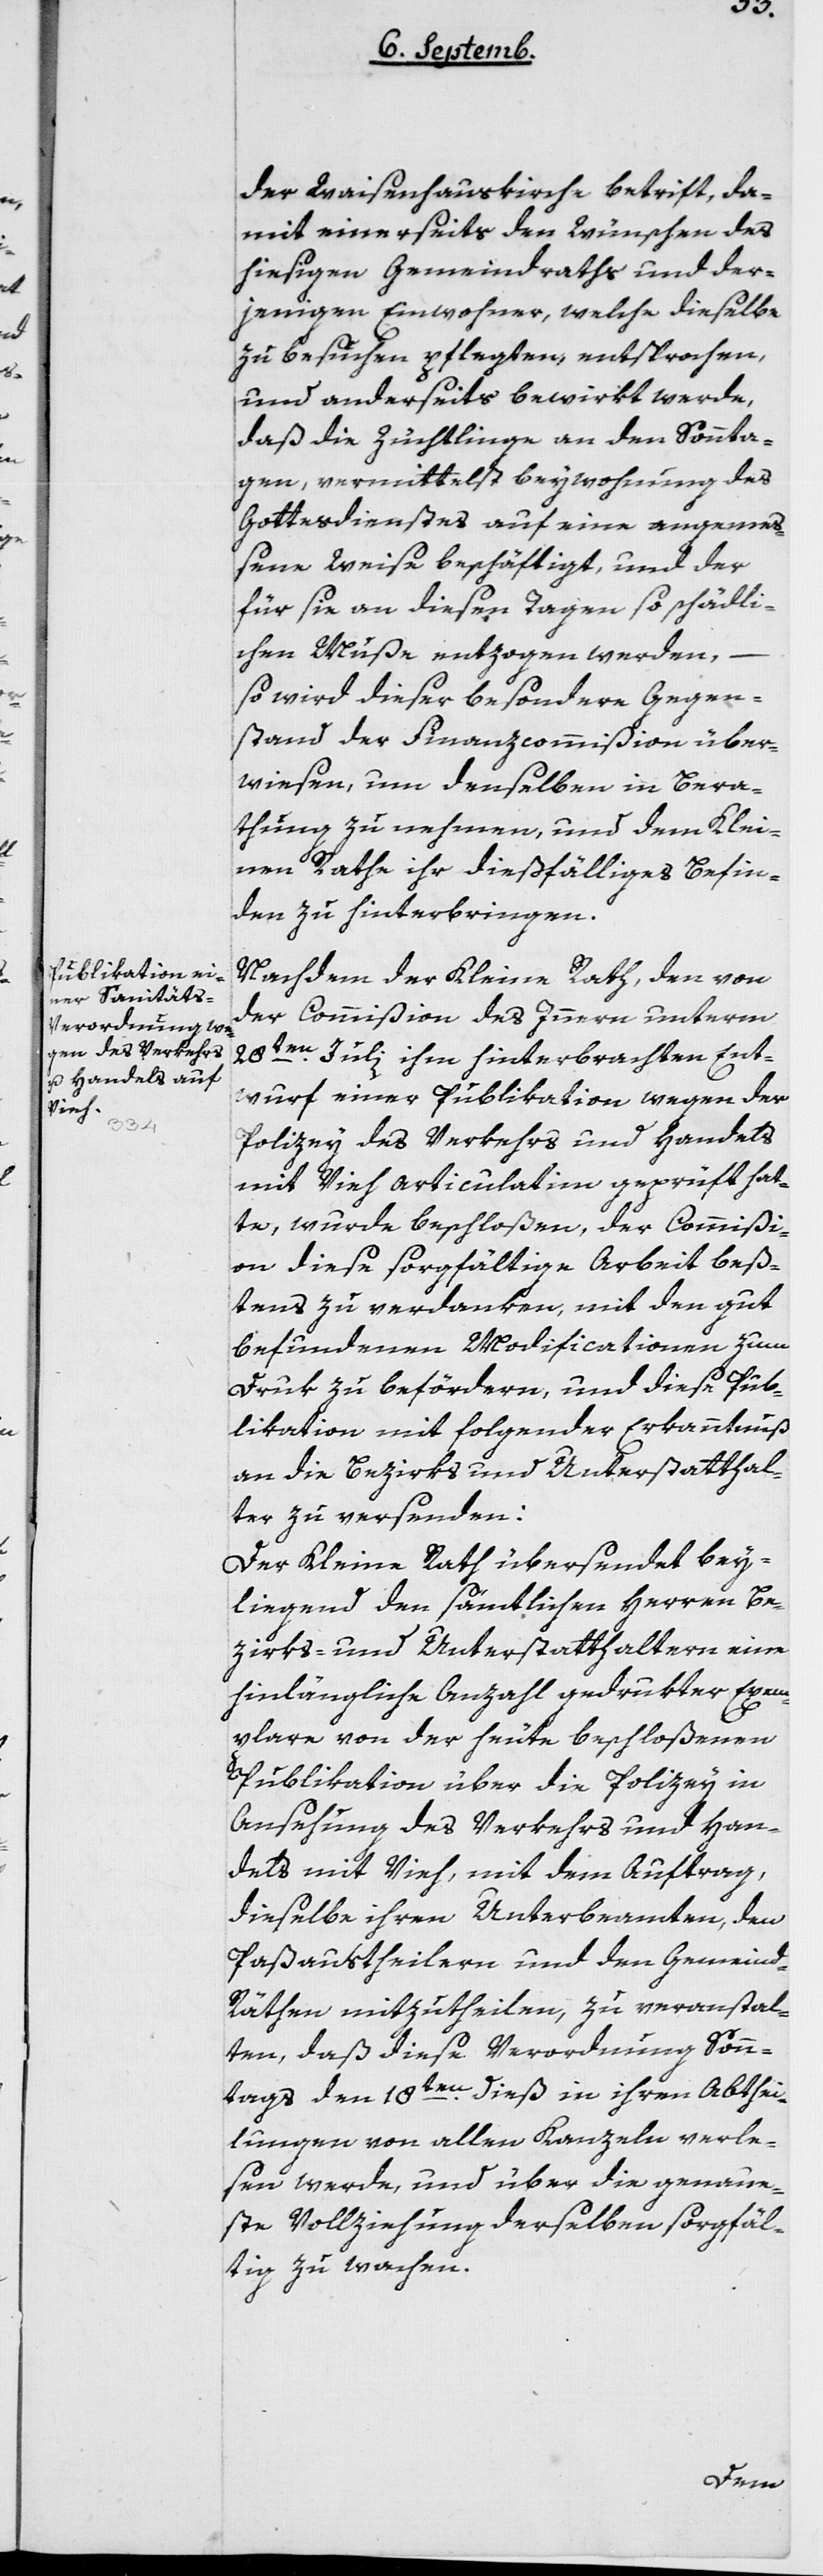
der Waisenhauskirche betrift, da¬
mit einerseits den Wünschen des
hiesigen Gemeindraths und der¬
jenigen Einwohner, welche dieselbe
zu besuchen pflegten, entsprechen,
und anderseits bewirkt werde,
daß die Züchtlinge an den Sonnta¬
gen, vermittelst Beywohnung des
Gottesdienstes auf eine angeme¬
ßene Weise beschäftigt, und der
für sie an diesen Tagen so schädli¬
chen Muße entzogen werden,
so wird dieser besondere Gegen¬
stand der Finanzcommißion über¬
wiesen, um denselben in Bera¬
thung zu nehmen und dem Klei¬
nen Rathe ihr dießfälliges Befin¬
den zu hinterbringen.
Nachdem der Kleine Rath, den von
der Commißion des Innern unterm
28ten Juli ihm hinterbrachten Ent¬
wurf einer Publikation wegen der
Polizey des Verkehrs und Handels
mit Vieh articulatim geprüft hat¬
te, wurde beschloßen, der Commißi¬
on diese sorgfältige Arbeit beß¬
tens zu verdanken, mit den gut
befundenen Modificationen zum
Druk zu befördern, und diese Pub¬
lication mit folgender Erkanntnuß
an die Bezirks- und Unterstatthal¬
ter zu versenden:
Der Kleine Rath übersendet bey¬
liegend den sämtlichen Herren Be¬
zirks- und Unterstatthaltern eine
hinlängliche Anzahl gedrukter Exem¬
plare von der heute beschloßenen
Publikation über die Polizey in
Ansehung des Verkehrs und Han¬
dels mit Vieh, mit dem Auftrag,
dieselbe ihren Unterbeamten, den
Paßaustheilern und den Gemeind-R¬
äthen mitzutheilen, zu veranstal¬
ten, daß diese Verordnung Sonn¬
tags den 18ten dieß in ihren Abthei¬
lungen von allen Kanzeln verle¬
sen werde, und über die genaue¬
ste Vollziehung derselben sorgfäl¬
tig zu wachen.